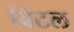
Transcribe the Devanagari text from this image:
बिटल